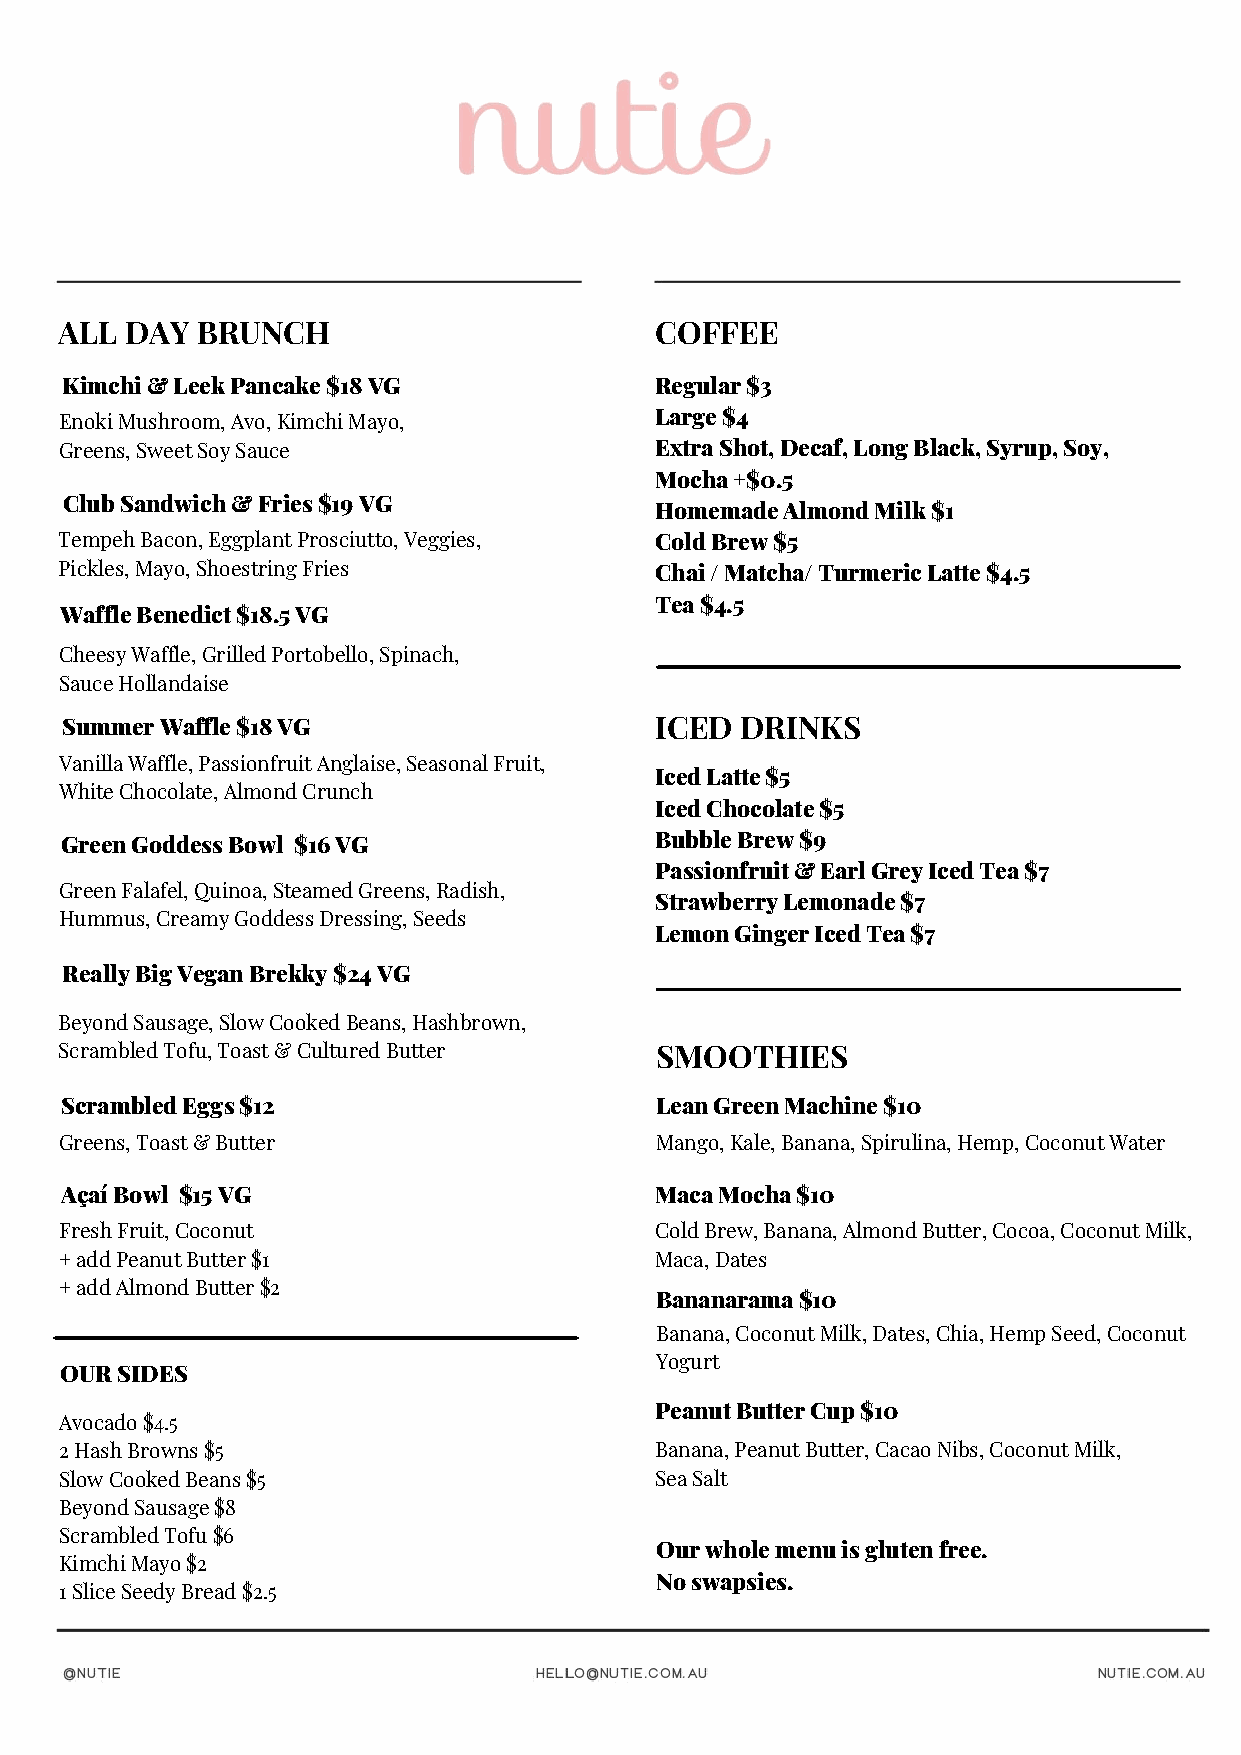
ALL DAY  BRUNCH                        COFFEE
 Kimchi & Leek Pancake $18 VG           Regular $3
 Enoki Mushroom, Avo, Kimchi Mayo,      Large $4
 Greens, Sweet Soy Sauce                Extra Shot, Decaf, Long Black, Syrup, Soy,
 Mocha +$0.5
 Club Sandwich & Fries $19 VG
 Homemade Almond Milk $1
 Tempeh Bacon, Eggplant Prosciutto, Veggies, Cold Brew $5
 Pickles, Mayo, Shoestring Fries        Chai / Matcha/ Turmeric Latte $4.5
 Tea $4.5
 Waffle Benedict $18.5 VG
 Cheesy Waffle, Grilled Portobello, Spinach,
 Sauce Hollandaise
 Summer Waffle $18 VG                   ICED  DRINKS
 Vanilla Waffle, Passionfruit Anglaise, Seasonal Fruit,
 Iced Latte $5
 White Chocolate, Almond Crunch
 Iced Chocolate $5
 Green Goddess Bowl $16 VG              Bubble Brew $9
 Passionfruit & Earl Grey Iced Tea $7
 Green Falafel, Quinoa, Steamed Greens, Radish,
 Strawberry Lemonade $7
 Hummus, Creamy Goddess Dressing, Seeds
 Lemon Ginger Iced Tea $7
 Really Big Vegan Brekky $24 VG
 Beyond Sausage, Slow Cooked Beans, Hashbrown,
 Scrambled Tofu, Toast & Cultured Butter SMOOTHIES
 Scrambled Eggs $12                     Lean Green Machine $10
 Greens, Toast & Butter                 Mango, Kale, Banana, Spirulina, Hemp, Coconut Water
 Açaí Bowl $15 VG                       Maca Mocha $10
 Fresh Fruit, Coconut                   Cold Brew, Banana, Almond Butter, Cocoa, Coconut Milk,
 + add Peanut Butter $1                 Maca, Dates
 + add Almond Butter $2
 Bananarama $10
 Banana, Coconut Milk, Dates, Chia, Hemp Seed, Coconut
 Yogurt
 OUR SIDES
 Peanut Butter Cup $10
 Avocado $4.5
 2 Hash Browns $5                       Banana, Peanut Butter, Cacao Nibs, Coconut Milk,
 Slow Cooked Beans $5                   Sea Salt
 Beyond Sausage $8
 Scrambled Tofu $6
 Our whole menu is gluten free.
 Kimchi Mayo $2
 No swapsies.
 1 Slice Seedy Bread $2.5